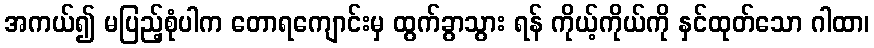
အကယ်၍ မပြည့်စုံပါက တောရကျောင်းမှ ထွက်ခွာသွား ရန် ကိုယ့်ကိုယ်ကို နှင်ထုတ်သော ဂါထာ၊